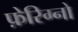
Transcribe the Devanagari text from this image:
फ़ेरिग्नो